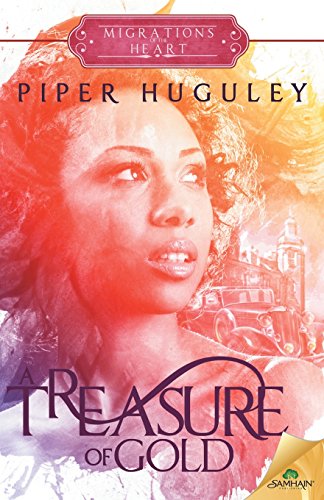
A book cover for A Treasure of Gold; Piper Huguley; Romance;